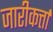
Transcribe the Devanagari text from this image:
जारीकर्त्ता